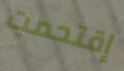
إقتحمت